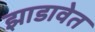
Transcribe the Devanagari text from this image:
झाडावेत